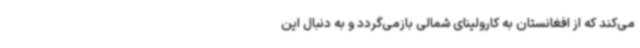
‌می‌کند که از افغانستان به کارولینای شمالی بازمی‌گردد و به دنبال این